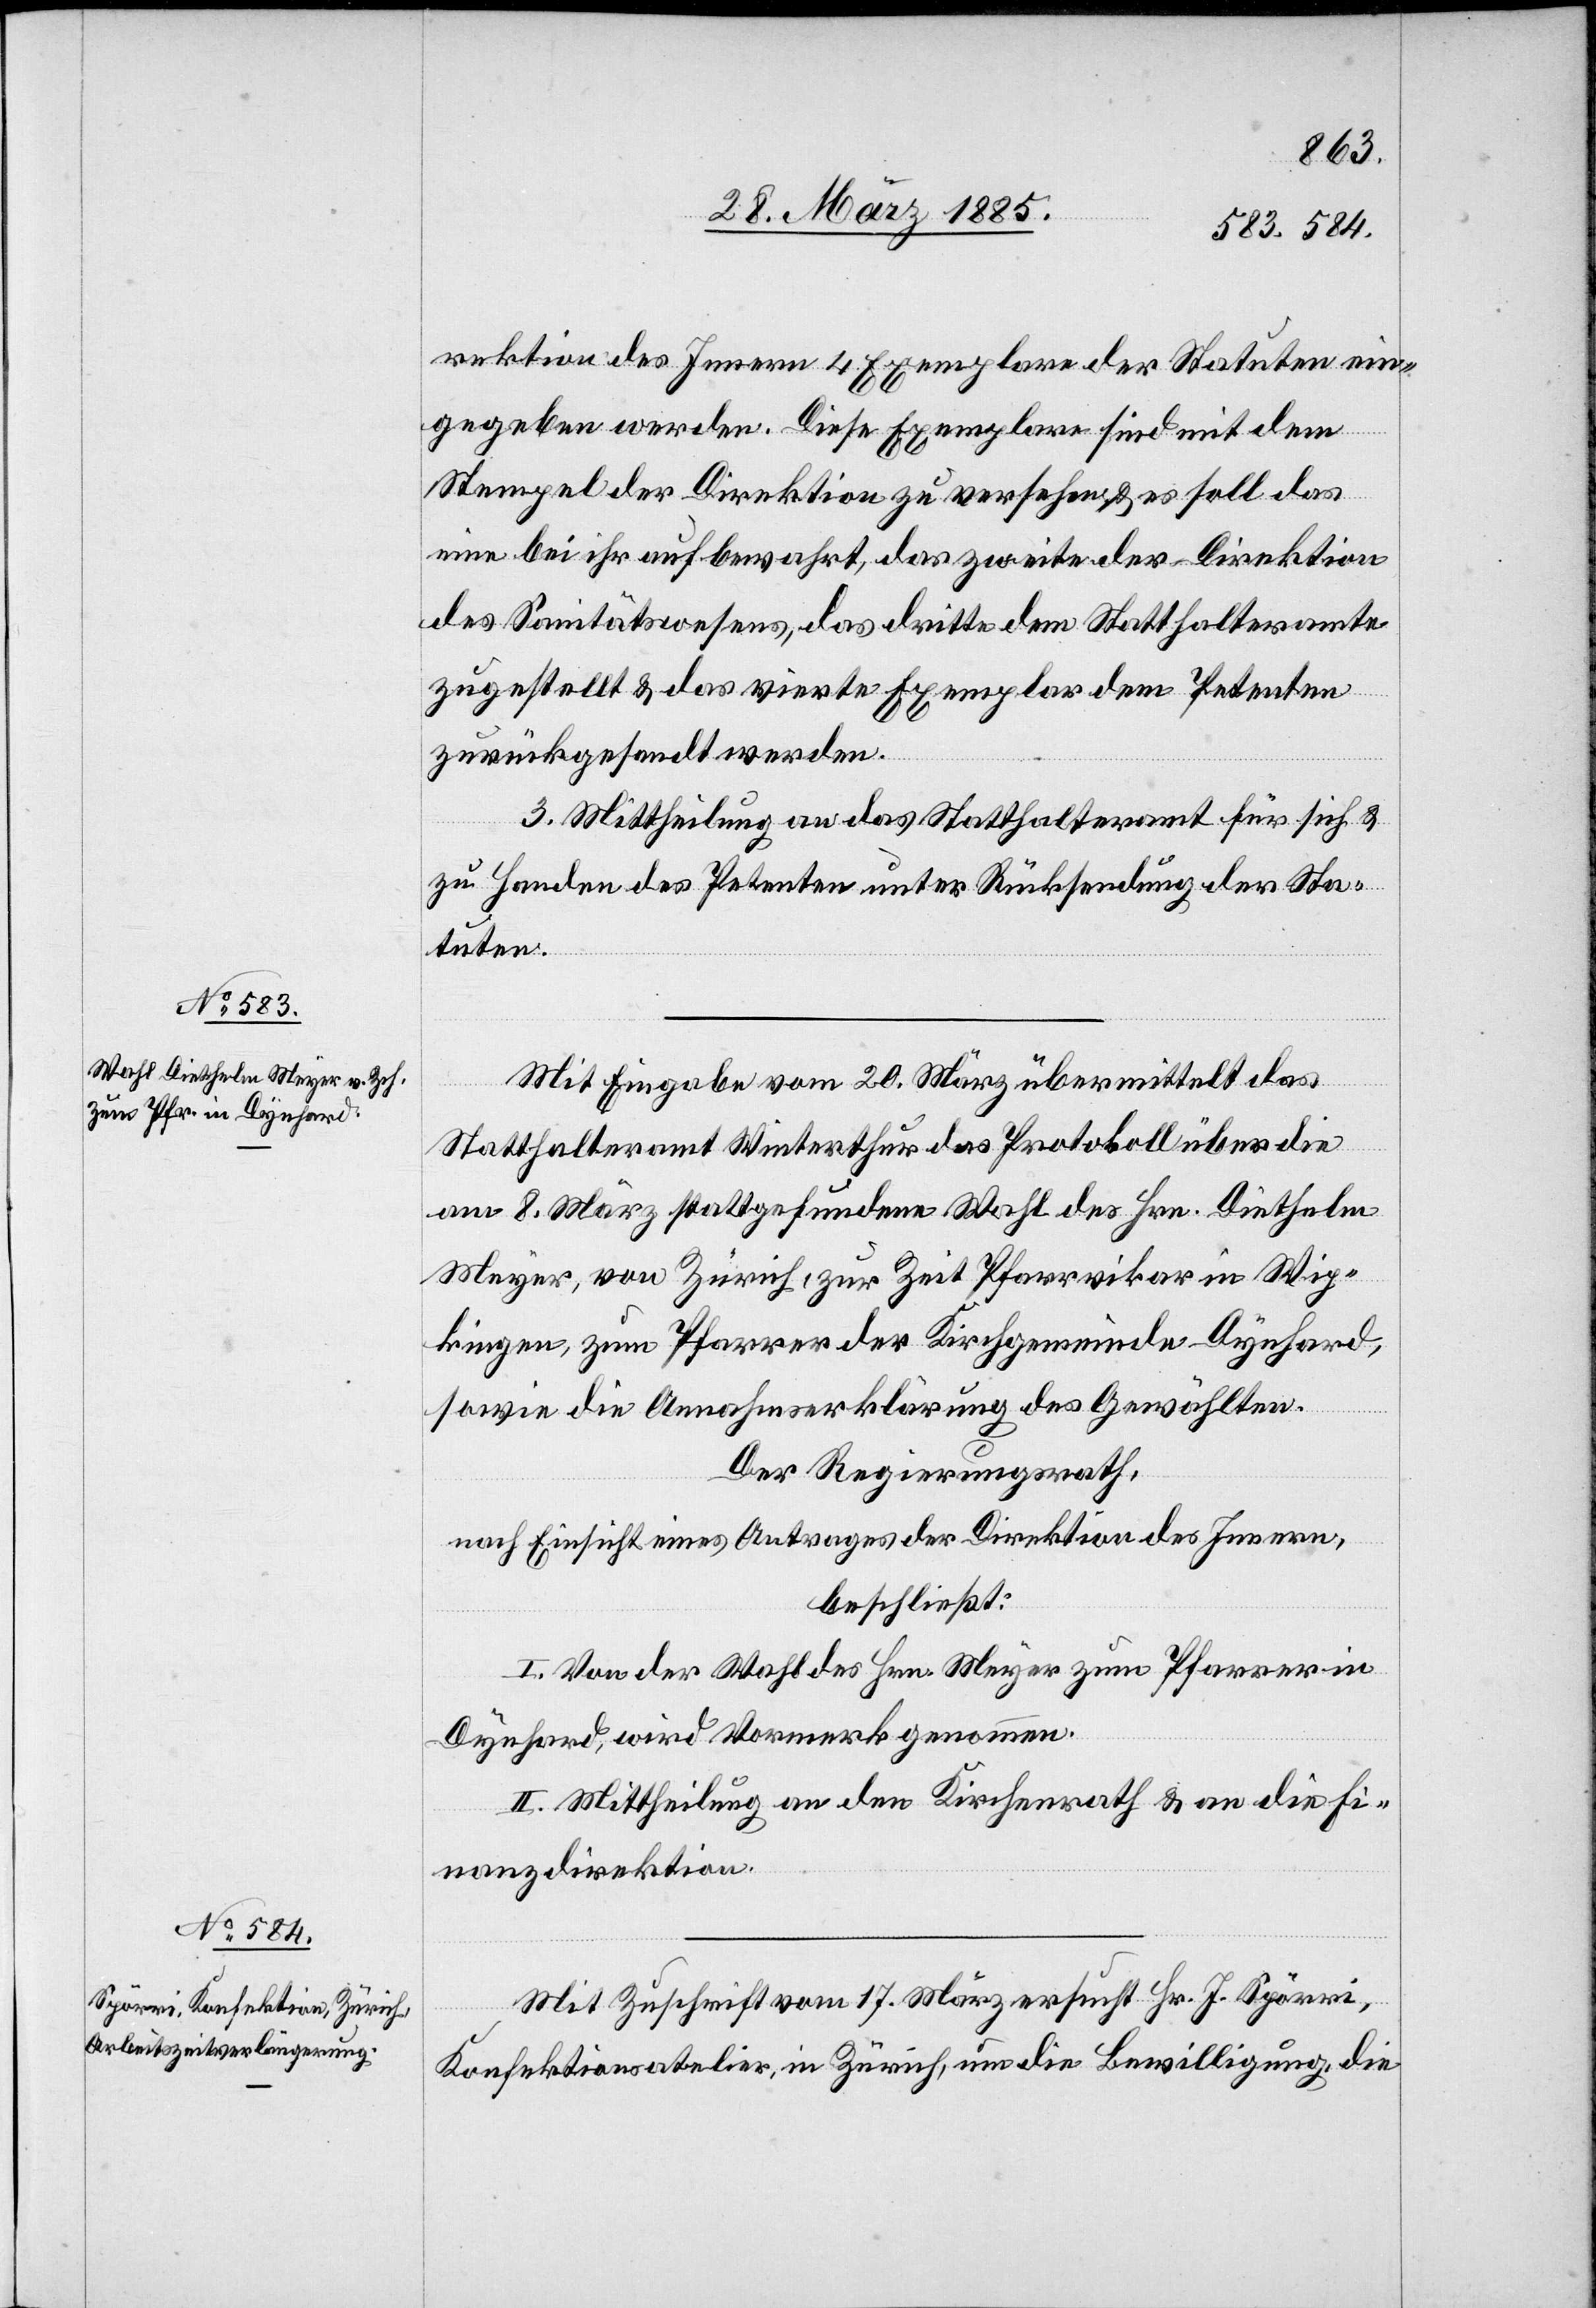
rektion des Innern 4 Exemplare der Statuten ein¬
gegeben werden. Diese Exemplare sind mit dem
Stempel der Direktion zu versehen, & es soll das
eine bei ihr aufbewahrt, das zweite der Direktion
des Sanitätswesens, das dritte dem Statthalteramte
zugestellt & das vierte Exemplar dem Petenten
zurückgesandt werden.
3. Mittheilung an das Statthalteramt für sich &
zu Handen des Petenten unter Rücksendung der Sta¬
tuten.
Mit Eingabe vom 20. März übermittelt das
Statthalteramt Winterthur das Protokoll über die
am 8. März stattgefundene Wahl des Hrn. Diethelm
Meyer, von Zürich, zur Zeit Pfarrvikar, in Wip¬
kingen, zum Pfarrer der Kirchgemeinde Dynhard,
sowie die Annahmserklärung des Gewählten.
Der Regierungsrath,
nach Einsicht eines Antrages der Direktion des Innern,
beschließt:
I. Von der Wahl des Hrn. Meyer zum Pfarrer in
Dynhard, wird Vormerk genommen.
II. Mittheilung an den Kirchenrath & an die Fi¬
nanzdirektion.
Mit Zuschrift vom 17. März ersucht Hr. J. Spörri,
Konfektionsatelier, in Zürich, um die Bewilligung, die